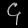
Digit: ၄